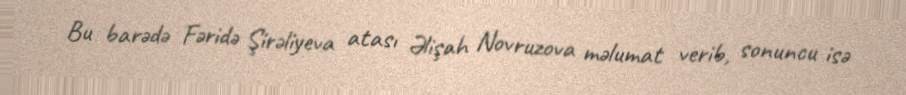
Bu barədə Fəridə Şirəliyeva atası Əlişah Novruzova məlumat verib, sonuncu isə